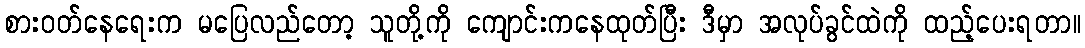
စားဝတ်နေရေးက မပြေလည်တော့ သူတို့ကို ကျောင်းကနေထုတ်ပြီး ဒီမှာ အလုပ်ခွင်ထဲကို ထည့်ပေးရတာ။